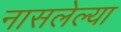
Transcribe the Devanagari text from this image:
नासलेल्या